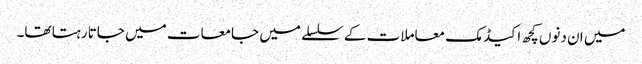
میں ان دنوں کچھ اکیڈمک معاملات کے سلسلے میں جامعات میں جاتا رہتا تھا۔